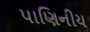
પાણિનીય